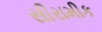
સીરામીક